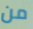
من